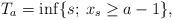
LaTeX: \begin{align*}T_{a}=\inf\{s; \: x_s\geq a-1\},\end{align*}